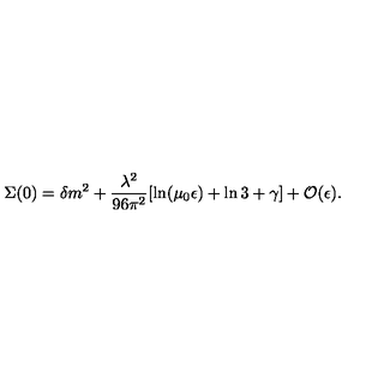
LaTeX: \Sigma ( 0 ) = \delta m ^ { 2 } + \frac { \lambda ^ { 2 } } { 9 6 \pi ^ { 2 } } [ \ln ( \mu _ { 0 } \epsilon ) + \ln 3 + \gamma ] + { \cal O } ( \epsilon ) .